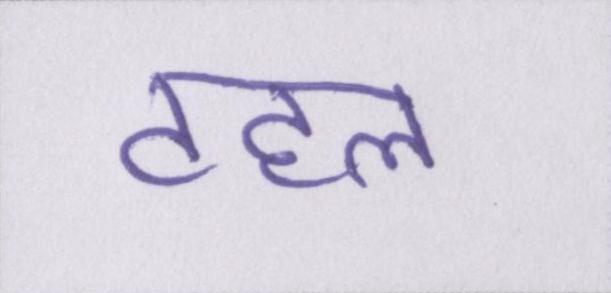
टहल